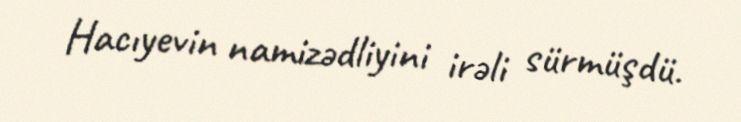
Hacıyevin namizədliyini irəli sürmüşdü.